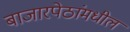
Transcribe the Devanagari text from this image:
बाजारपेठांमधील